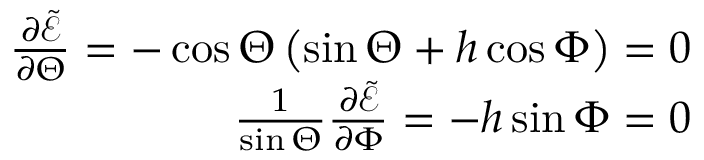
\begin{array} { r } { \frac { \partial \tilde { \mathcal { E } } } { \partial \Theta } = - \cos \Theta \left( \sin \Theta + h \cos \Phi \right) = 0 } \\ { \frac { 1 } { \sin \Theta } \frac { \partial \tilde { \mathcal { E } } } { \partial \Phi } = - h \sin \Phi = 0 } \end{array}